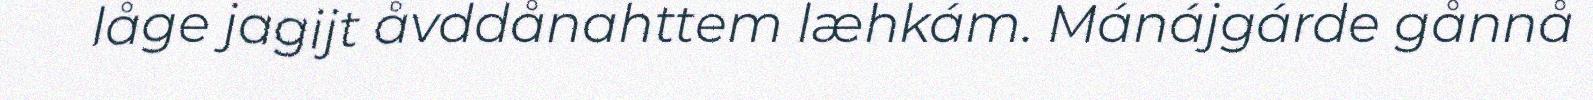
låge jagijt åvddånahttem læhkám. Mánájgárde gånnå